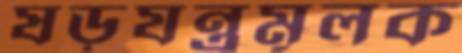
ষড়যন্ত্রমূলক